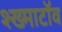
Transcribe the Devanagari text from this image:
श्ख्माटॉव